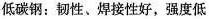
低碳钢：韧性、焊接性好，强度低